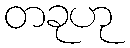
တခုဟု